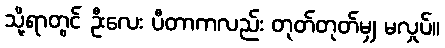
သို့ရာတွင် ဦးလေး ပီတာကလည်း တုတ်တုတ်မျှ မလှုပ်။